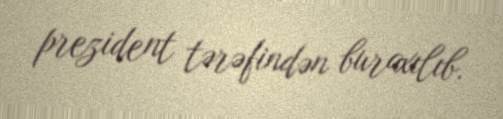
prezident tərəfindən buraxılıb.